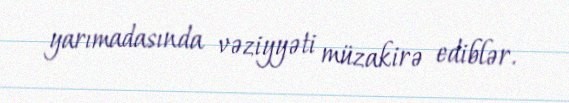
yarımadasında vəziyyəti müzakirə ediblər.